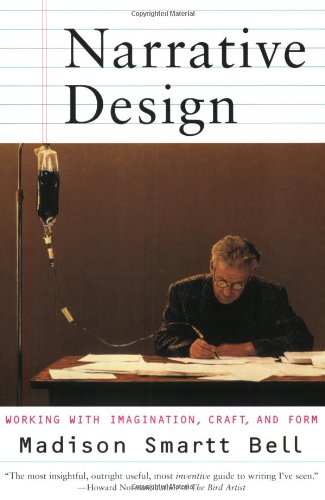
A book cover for Narrative Design: Working with Imagination, Craft, and Form; Madison Smartt Bell; Literature & Fiction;